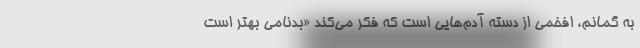
به گمانم، افخمی از دسته آدم‌هایی است که فکر می‌کند «بدنامی بهتر است